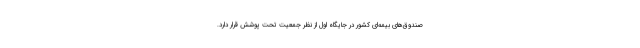
صندوق‌های بیمه‌ای کشور در جایگاه اول از نظر جمعیت تحت پوشش قرار دارد.